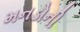
મનડોની